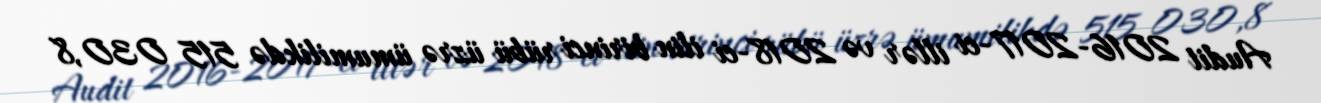
Audit 2016-2017-ci illər və 2018-ci ilin birinci rübü üzrə ümumilikdə 515 030,8